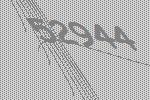
52944